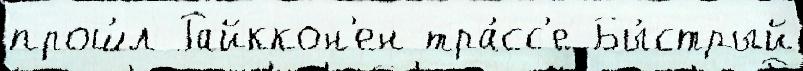
прош́л Райккон'ен тра́сс'е Бы́стрый